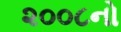
૨૦૦૮નો